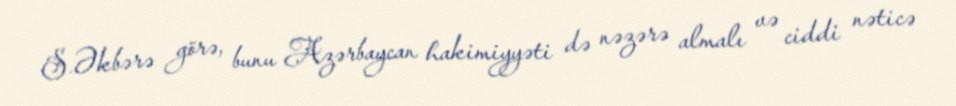
S.Əkbərə görə, bunu Azərbaycan hakimiyyəti də nəzərə almalı və ciddi nəticə